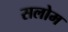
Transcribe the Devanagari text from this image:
सलोम